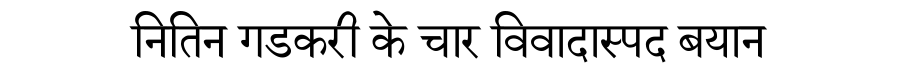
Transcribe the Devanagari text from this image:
नितिन गडकरी के चार विवादास्पद बयान